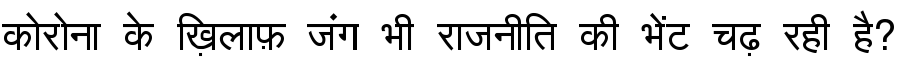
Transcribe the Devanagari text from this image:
कोरोना के ख़िलाफ़ जंग भी राजनीति की भेंट चढ़ रही है?